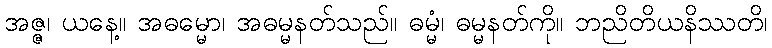
အဇ္ဇ၊ ယနေ့။ အဓမ္မော၊ အဓမ္မနတ်သည်။ ဓမ္မံ၊ ဓမ္မနတ်ကို။ ဘညိတိယနိဿတိ၊